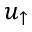
u _ { \uparrow }